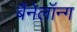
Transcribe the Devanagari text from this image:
बैनेलॉन्ग